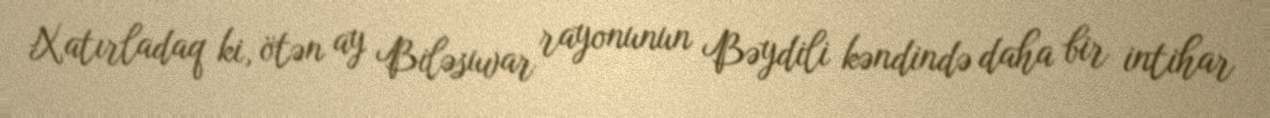
Xatırladaq ki, ötən ay Biləsuvar rayonunun Bəydili kəndində daha bir intihar